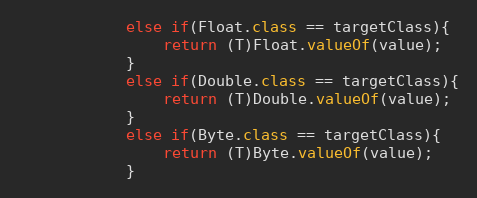
Language: Java
			else if(Float.class == targetClass){
				return (T)Float.valueOf(value);
			}
			else if(Double.class == targetClass){
				return (T)Double.valueOf(value);
			}
			else if(Byte.class == targetClass){
				return (T)Byte.valueOf(value);
			}